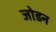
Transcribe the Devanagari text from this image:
जोडन